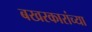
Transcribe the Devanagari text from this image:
बखरकारांच्या